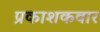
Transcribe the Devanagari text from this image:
प्रकाशकवार